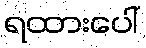
ရထားပေါ်